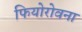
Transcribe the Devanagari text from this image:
फियोरोवना